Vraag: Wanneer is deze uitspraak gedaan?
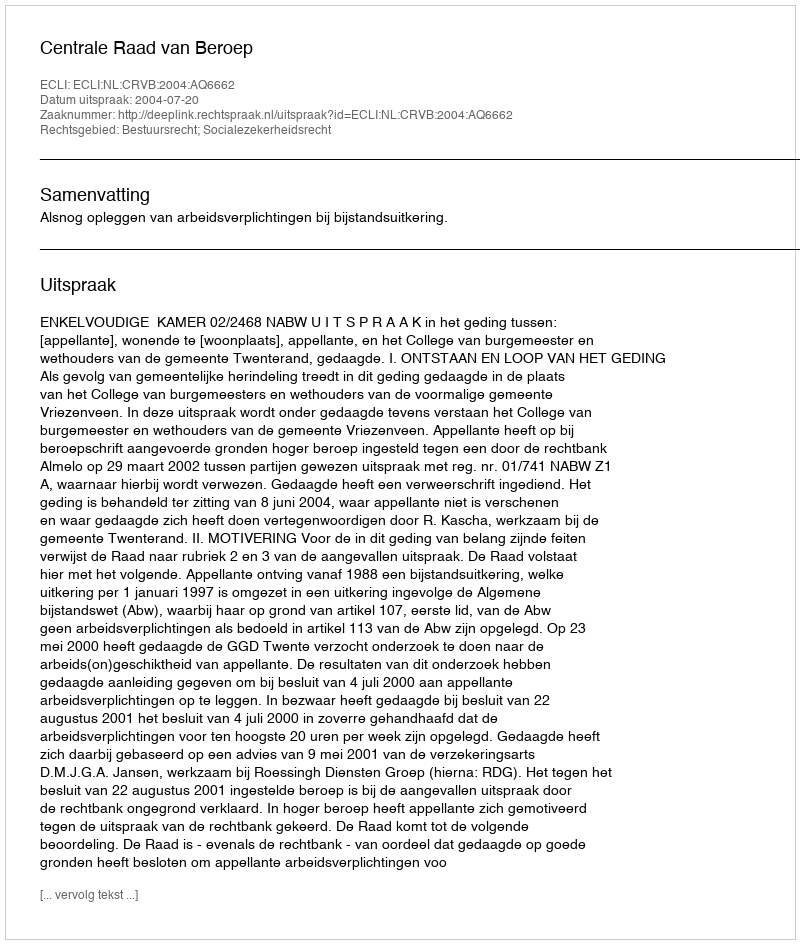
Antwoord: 2004-07-20